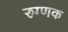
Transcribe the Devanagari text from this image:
रुग्णक